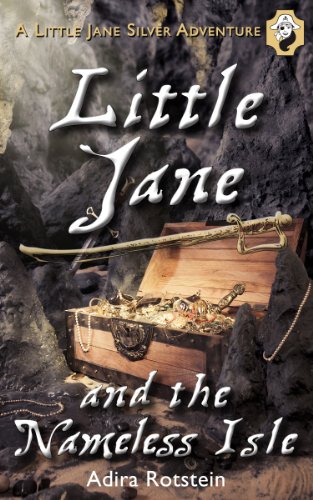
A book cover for Little Jane and the Nameless Isle: A Little Jane Silver Adventure; Adira Rotstein; Teen & Young Adult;